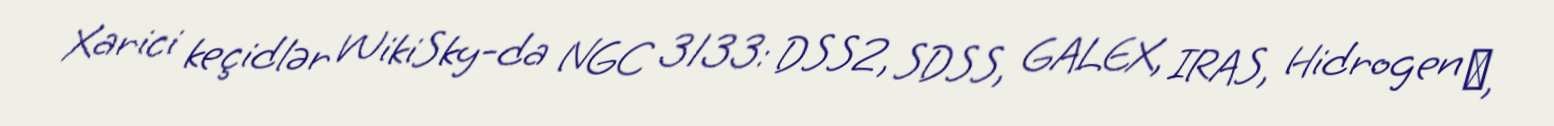
Xarici keçidlər WikiSky-da NGC 3133: DSS2, SDSS, GALEX, IRAS, Hidrogen α,